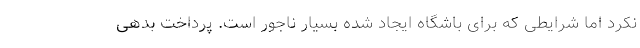
نکرد اما شرایطی که برای باشگاه ایجاد شده بسیار ناجور است. پرداخت بدهی